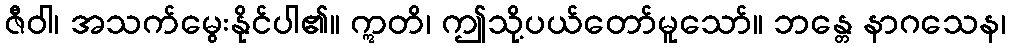
ဇီဝါ၊ အသက်မွေးနိုင်ပါ၏။ ဣတိ၊ ဤသို့ပယ်တော်မူသော်။ ဘန္တေ နာဂသေန၊